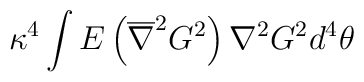
\kappa^4 \int E \left(\overline{\nabla}^2 G^2 \right) \nabla^2 G^2 d^4\theta